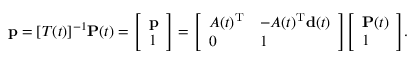
\mathbf { p } = [ T ( t ) ] ^ { - 1 } \mathbf { P } ( t ) = { \left[ \begin{array} { l } { \mathbf { p } } \\ { 1 } \end{array} \right] } = { \left[ \begin{array} { l l } { A ( t ) ^ { \mathrm { T } } } & { - A ( t ) ^ { \mathrm { T } } \mathbf { d } ( t ) } \\ { 0 } & { 1 } \end{array} \right] } { \left[ \begin{array} { l } { \mathbf { P } ( t ) } \\ { 1 } \end{array} \right] } .